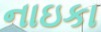
નાઇકા